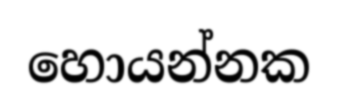
හොයන්නක